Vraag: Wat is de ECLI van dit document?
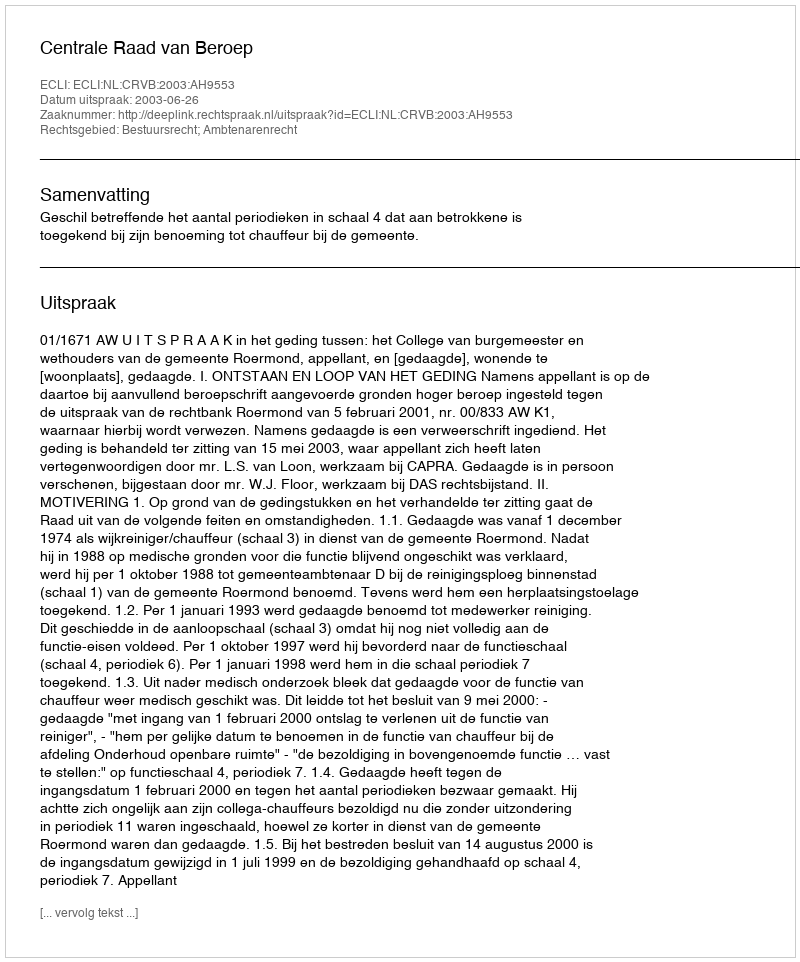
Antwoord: ECLI:NL:CRVB:2003:AH9553